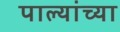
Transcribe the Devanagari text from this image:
पाल्यांच्या